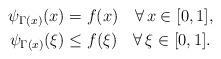
LaTeX: \begin{align*}\psi_{\Gamma(x)}(x)&=f(x)\quad\forall\,x\in[0,1],\\\psi_{\Gamma(x)}(\xi)&\leq f(\xi)\quad\forall\,\xi\in[0,1].\end{align*}